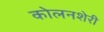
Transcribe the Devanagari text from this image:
कोलनशेरी